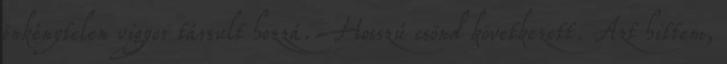
önkénytelen vigyor társult hozzá. Hosszú csönd következett. Azt hittem,